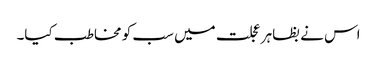
اس نے بظاہر عجلت میں سب کو مخاطب کیا۔